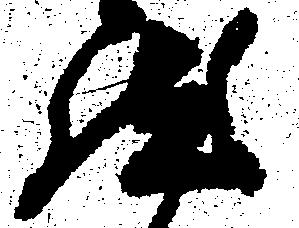
然